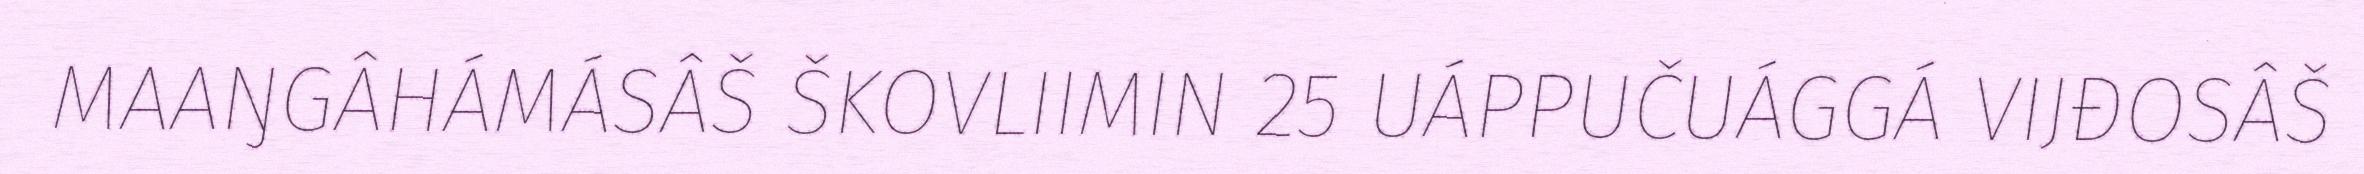
MAAŊGÂHÁMÁSÂŠ ŠKOVLIIMIN 25 UÁPPUČUÁGGÁ VIJĐOSÂŠ